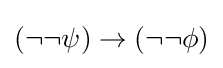
(\neg \neg \psi )\to (\neg \neg \phi )